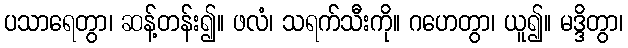
ပသာရေတွာ၊ ဆန့်တန်း၍။ ဖလံ၊ သရက်သီးကို။ ဂဟေတွာ၊ ယူ၍။ မဒ္ဒိတွာ၊